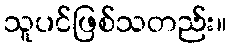
သူပင်ဖြစ်သတည်း။